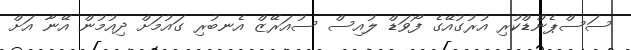
ސަސްޕެންޑްކުރި އުރުގުއޭގެ ފޯވަޑް ލުއިސް ސުއަރޭޒް އެނބުރި ގައުމަށް ދިއުމުން އޭނާ އަށް